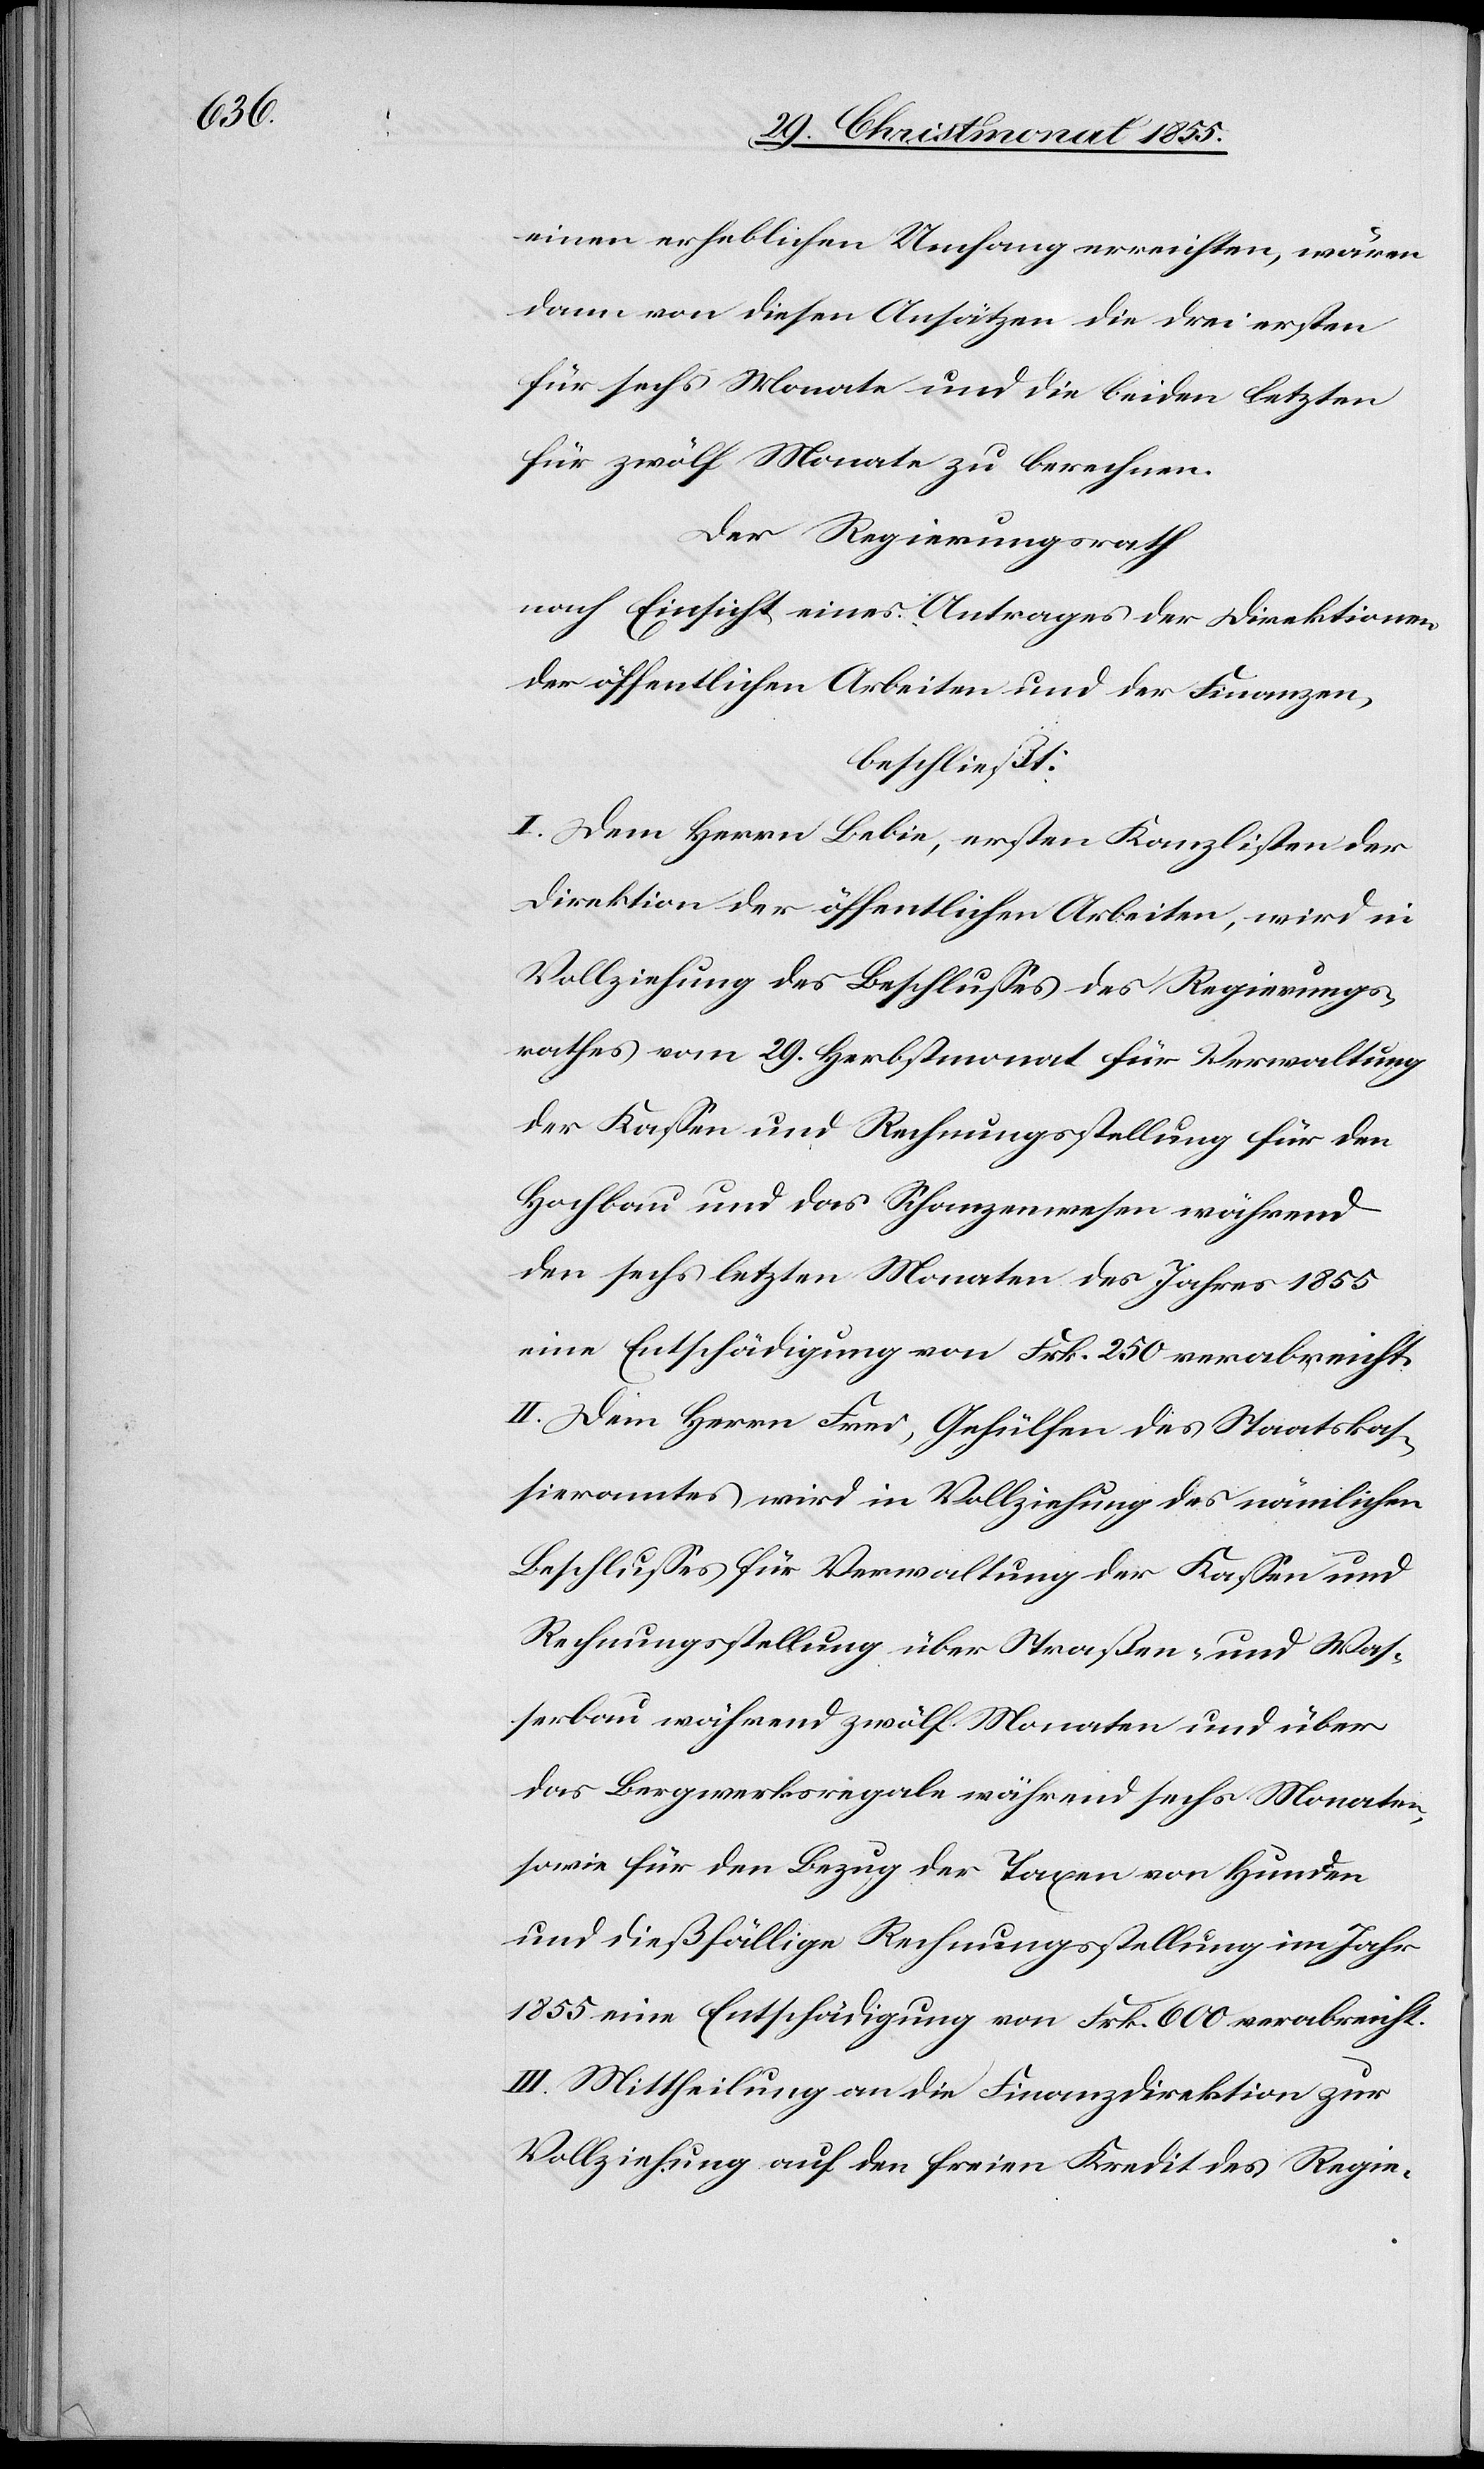
einen erheblichen Umfang erreichten, wären
dann von diesen Ansätzen die drei ersten
für sechs Monate und die beiden letzten
für zwölf Monate zu berechnen.
Der Regierungsrath
nach Einsicht eines Antrages der Direktionen
der öffentlichen Arbeiten und der Finanzen,
beschließt:
I. Dem Herrn Bebie, ersten Kanzlisten der
Direktion der öffentlichen Arbeiten, wird in
Vollziehung des Beschlusses des Regierungs¬
rathes vom 29. Herbstmonat für Verwaltung
der Kassen und Rechnungsstellung für den
Hochbau und das Schanzenwesen während
den sechs letzten Monaten des Jahres 1855
eine Entschädigung von Frk. 250 verabreicht.
II. Dem Herrn Frei, Gehülfen des Staatskas¬
sieramtes wird in Vollziehung des nämlichen
Beschlusses für Verwaltung der Kassen und
Rechnungsstellung über Straßen- und Was¬
serbau während zwölf Monaten und über
das Bergwerksregale während sechs Monaten,
sowie für den Bezug der Taxen von Hunden
und dießfällige Rechnungsstellung im Jahr
1855 eine Entschädigung von Frk. 600 verabreicht.
III. Mittheilung an die Finanzdirektion zur
Vollziehung auf den freien Kredit des Regie-